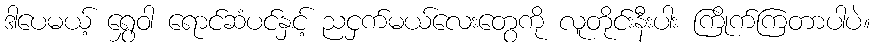
ဒါပေမယ့် ရွှေဝါ ရောင်ဆံပင်နှင့် ညငှက်မယ်လေးတွေကို လူတိုင်းနီးပါး ကြိုက်ကြတာပါပဲ။